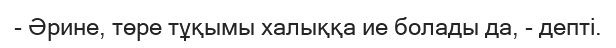
- Әрине, төре тұқымы халыққа ие болады да, - депті.